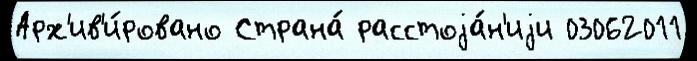
Арх'ив'и́ровано Страна́ расстоjа́н'иjи 03062011